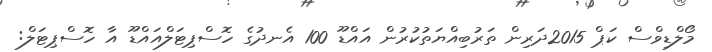
މޯލްޑިވްސް ކަޕް 2015ދަރިން ތަރުބިއްޔަތުކުރުން އައްޑޫ 100 އެނދުގެ ހޮސްޕިޓަލްއައްޑޫ އާ ހޮސްޕިޓަލް: